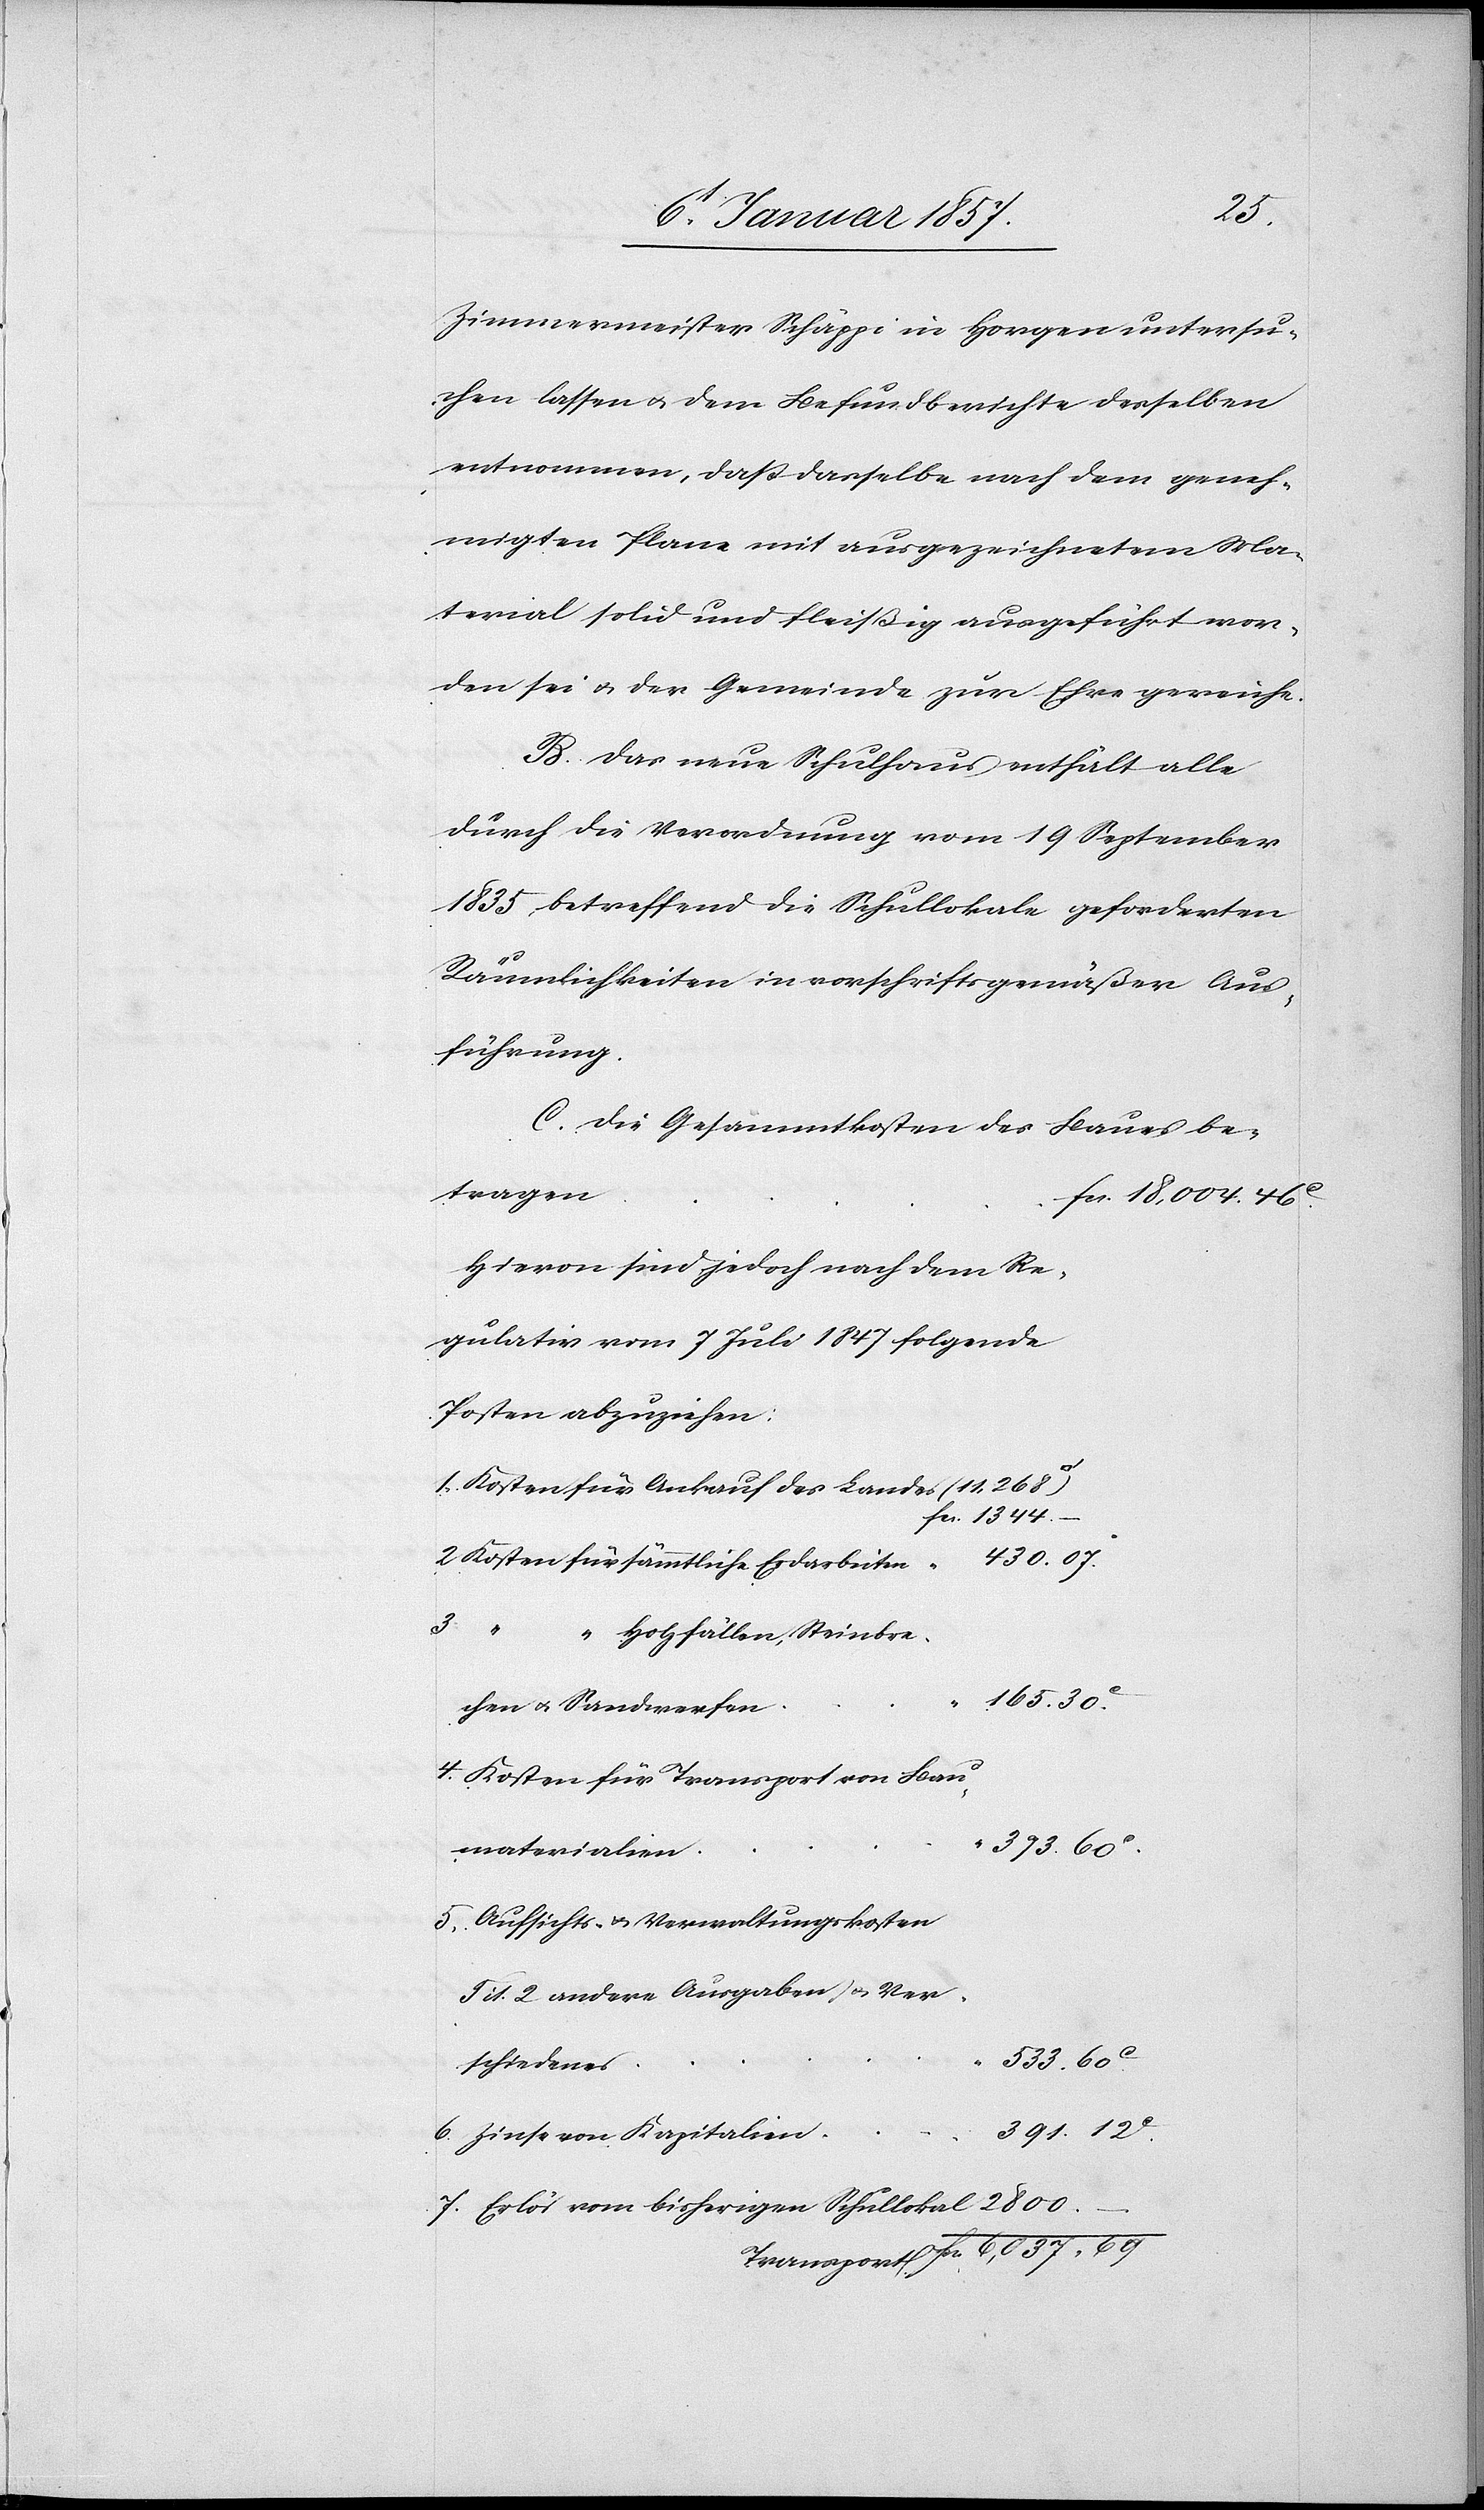
fcs.
Zimmermeister Schäppi in Horgen untersu¬
chen lassen u. dem Befundberichte desselben
entnommen, daß dasselbe nach dem geneh¬
migten Plane mit ausgezeichnetem Ma¬
terial solid und fleißig ausgeführt wor¬
den sei u. der Gemeinde zur Ehre gereiche.
B. Das neue Schulhaus enthält alle
durch die Verordnung vom 19 September
1835 betreffend die Schullokale geforderten
Räumlichkeiten in vorschriftsgemäßer Aus¬
führung.
C. Die Gesammtkosten des Baues be¬
tragen
Hievon sind jedoch nach dem Re¬
gulativ vom 7 Juli 1847 folgende
Posten abzuziehen:
1.	Kosten für Ankauf des Landes (11 268
“ “
Holzfällen, Steinbre¬
165. 30.
chen u. Sandwerfen
4.	Kosten für Transport von Bau¬
373. 60 c.
materialien
5.	Aufsichts- u. Verwaltungskosten
Tit. 2 andere Ausgaben u. Ver¬
533. 60.
schiedenes
391. 12
6.	Zinse von Kapitalien
c.
7.	Erlös vom bisherigen Schullokal